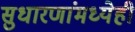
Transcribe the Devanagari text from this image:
सुधारणांमध्येही